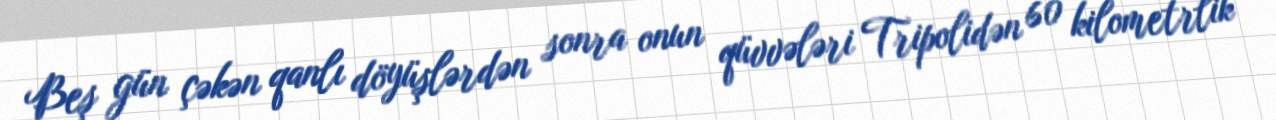
Beş gün çəkən qanlı döyüşlərdən sonra onun qüvvələri Tripolidən 60 kilometrlik